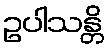
ဥပါသန္တိ